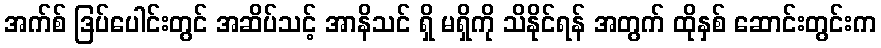
အက်စ် ဒြပ်ပေါင်းတွင် အဆိပ်သင့် အာနိသင် ရှိ မရှိကို သိနိုင်ရန် အတွက် ထိုနှစ် ဆောင်းတွင်းက